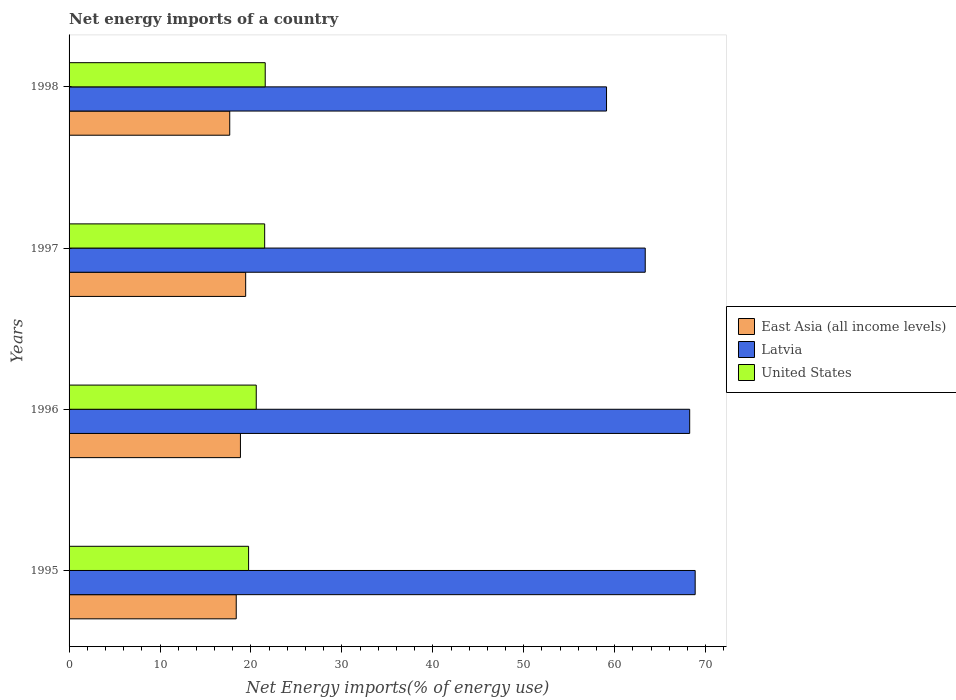
| Years | East Asia (all income levels) | Latvia | United States |
 | --- | --- | --- | --- |
 | 1995 | 18.4 | 68.8 | 19.7 |
 | 1996 | 18.8 | 68.2 | 20.6 |
 | 1997 | 19.4 | 63.4 | 21.5 |
 | 1998 | 17.7 | 59.1 | 21.6 |